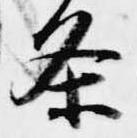
条